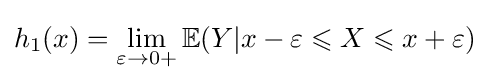
h_{1}(x)=\lim _{\varepsilon \to 0+}\mathbb {E} (Y|x-\varepsilon \leqslant X\leqslant x+\varepsilon )